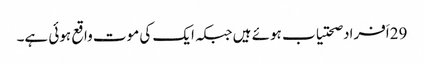
29اَفراد صحتیاب ہوئے ہیں جبکہ ایک کی موت واقع ہوئی ہے۔